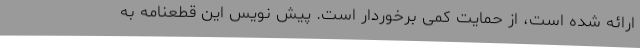
ارائه شده است، از حمایت کمی برخوردار است. پیش نویس این قطعنامه به